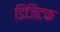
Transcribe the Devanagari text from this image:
डिजिटक